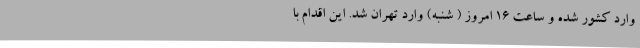
وارد کشور شده و ساعت ۱۶ امروز ( شنبه) وارد تهران شد. این اقدام با